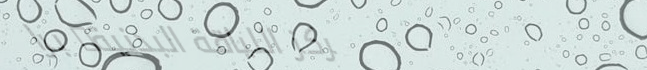
مركز اللياقة البدنية: برا